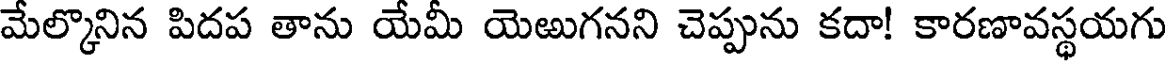
మేల్కొనిన పిదప తాను యేమీ యెఱుగనని చెప్పును కదా! కారణావస్థయగు